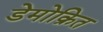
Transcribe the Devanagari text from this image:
डेमोक्रित